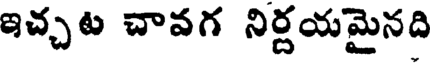
ఇచ్చట చావగ నిర్దయమైనది